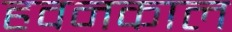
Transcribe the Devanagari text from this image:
हवनकाल